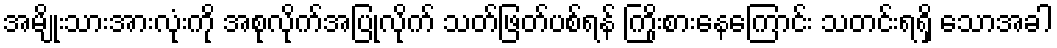
အမျိုးသားအားလုံးကို အစုလိုက်အပြုံလိုက် သတ်ဖြတ်ပစ်ရန် ကြိုးစားနေကြောင်း သတင်းရရှိ သောအခါ